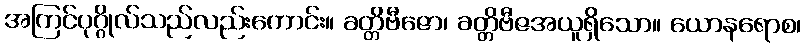
အကြင်ပုဂ္ဂိုလ်သည်လည်းကောင်း။ ခတ္တိဗီဇော၊ ခတ္တိဗီဇအယူရှိသော။ ယောနရောစ၊